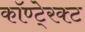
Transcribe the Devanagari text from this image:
कॉण्टे्रक्ट